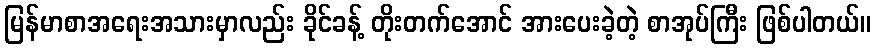
မြန်မာစာအရေးအသားမှာလည်း ခိုင်ခန့် တိုးတက်အောင် အားပေးခဲ့တဲ့ စာအုပ်ကြီး ဖြစ်ပါတယ်။